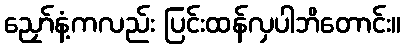
ညှော်နံ့ကလည်း ပြင်းထန်လှပါဘိတောင်း။